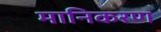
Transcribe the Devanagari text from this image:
मानिकरण